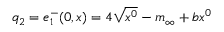
q _ { 2 } = e _ { 1 } ^ { - } ( 0 , x ) = 4 \sqrt { x ^ { 0 } } - m _ { \infty } + b x ^ { 0 }